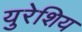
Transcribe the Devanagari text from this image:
युरेशिय